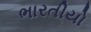
ભારતીયો